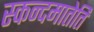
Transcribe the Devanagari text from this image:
स्कन्दमातेति